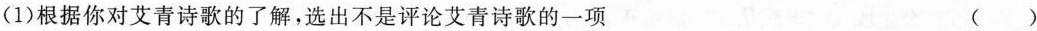
(1)根据你对艾青诗歌的了解，选出不是评论艾青诗歌的一项 ( )